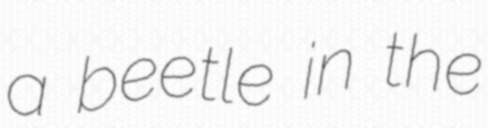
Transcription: a beetle in the